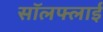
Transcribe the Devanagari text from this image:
सॉलफ्लाई